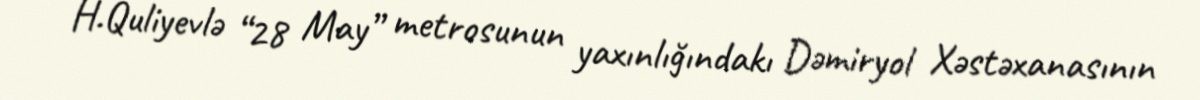
H.Quliyevlə “28 May” metrosunun yaxınlığındakı Dəmiryol Xəstəxanasının